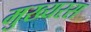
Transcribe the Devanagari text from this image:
मुख्यरस